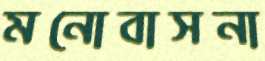
মনোবাসনা